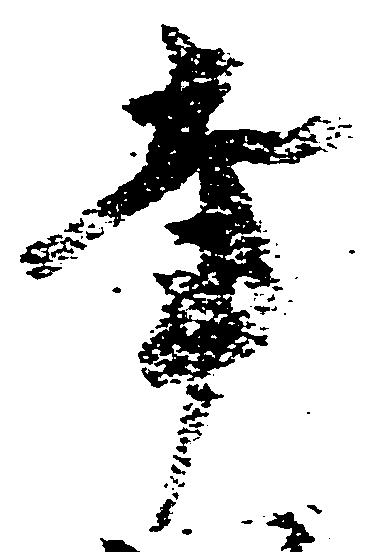
幸